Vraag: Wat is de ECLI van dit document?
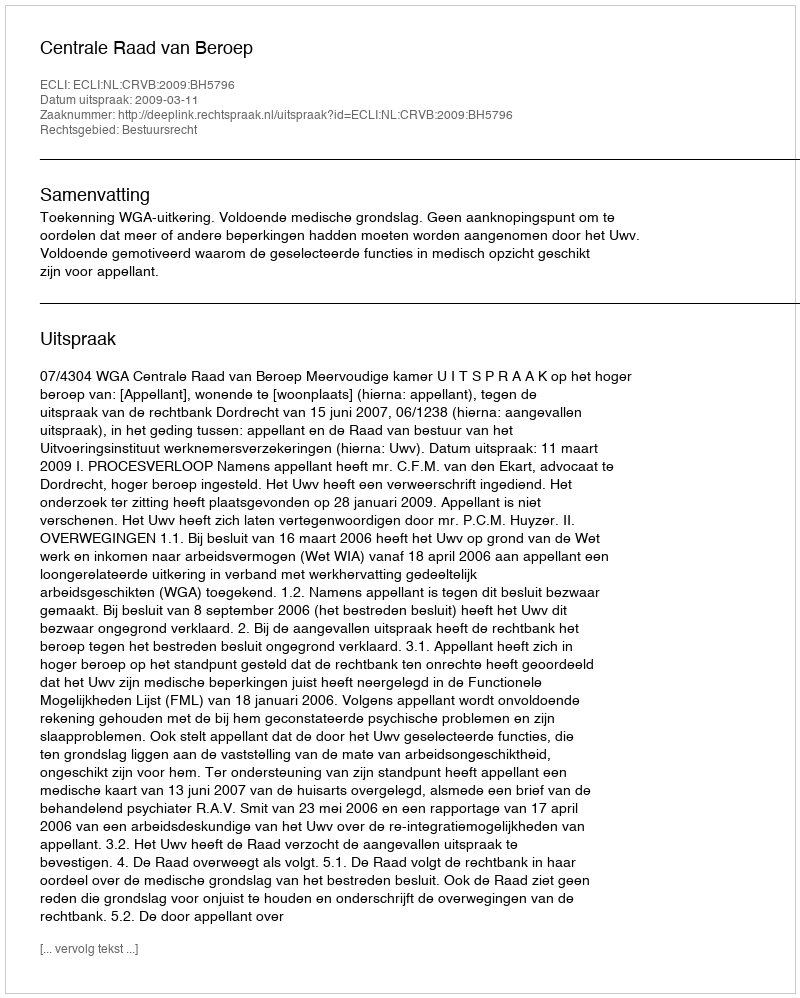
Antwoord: ECLI:NL:CRVB:2009:BH5796